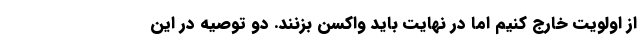
از اولویت خارج کنیم اما در نهایت باید واکسن بزنند. دو توصیه در این